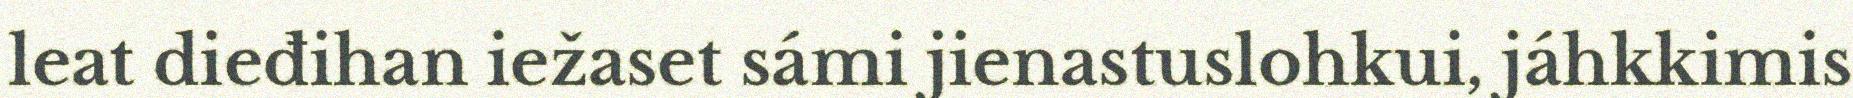
leat dieđihan iežaset sámi jienastuslohkui, jáhkkimis